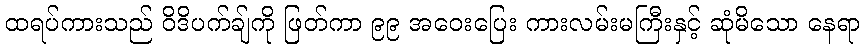
ထရပ်ကားသည် ဝိဒိပက်ချ်ကို ဖြတ်ကာ ၉၉ အဝေးပြေး ကားလမ်းမကြီးနှင့် ဆုံမိသော နေရာ